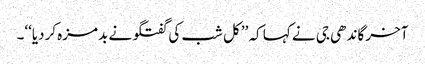
آخر گاندھی جی نے کہا کہ ’’کل شب کی گفتگو نے بدمزہ کردیا‘‘۔